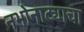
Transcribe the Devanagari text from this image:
नभोनाट्याचा